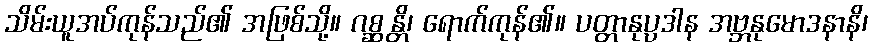
သိမ်းယူအပ်ကုန်သည်၏ အဖြစ်သို့။ ဂစ္ဆန္တိ၊ ရောက်ကုန်၏။ ပတ္တာနုပ္ပဒါန အဗ္ဘနုမောဒနာနိ၊